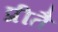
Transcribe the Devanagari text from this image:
प्रीतै